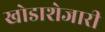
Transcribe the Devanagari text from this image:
खोडाशेजारी